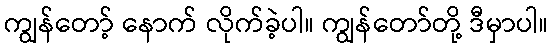
ကျွန်တော့် နောက် လိုက်ခဲ့ပါ။ ကျွန်တော်တို့ ဒီမှာပါ။